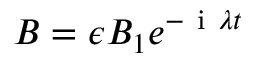
B = \epsilon B _ { 1 } e ^ { - \mathrm { ~ i ~ } \lambda t }